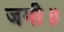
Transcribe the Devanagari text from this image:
जगी॥